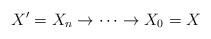
LaTeX: \begin{align*}X' = X_n \to \cdots \to X_0 = X\end{align*}